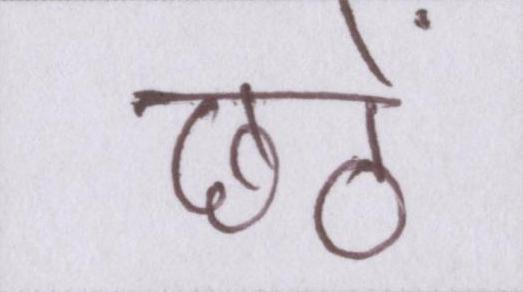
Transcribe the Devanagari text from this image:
छठें